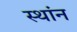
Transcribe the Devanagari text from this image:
स्थांन